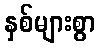
နှစ်များစွာ